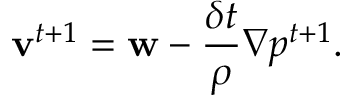
\mathbf { v } ^ { t + 1 } = \mathbf { w } - \frac { \delta t } { \rho } \nabla p ^ { t + 1 } .